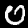
Label: 0